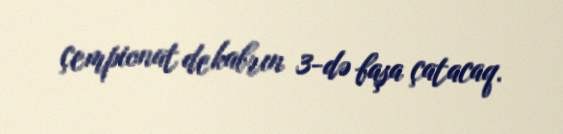
çempionat dekabrın 3-də başa çatacaq.